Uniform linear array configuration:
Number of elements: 32
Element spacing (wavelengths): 0.25
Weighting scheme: uniform
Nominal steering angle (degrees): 60
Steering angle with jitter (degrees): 60.676
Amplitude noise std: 0.05
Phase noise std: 0.05

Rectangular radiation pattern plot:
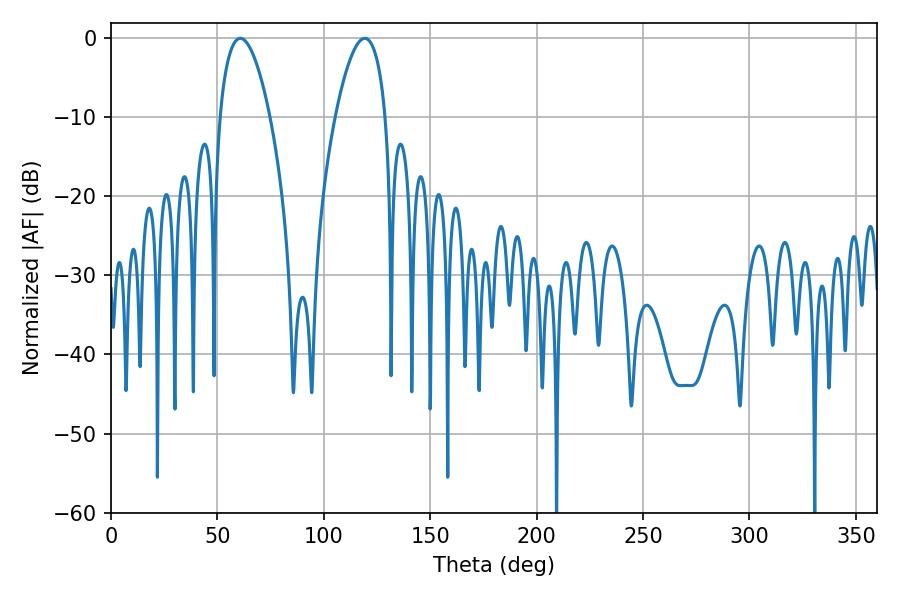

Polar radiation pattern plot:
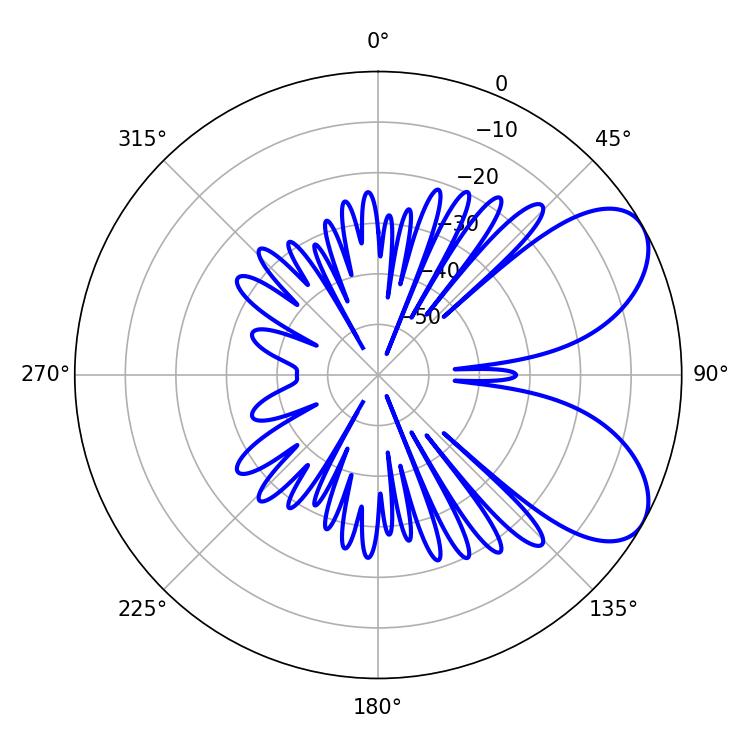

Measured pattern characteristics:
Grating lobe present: FALSE
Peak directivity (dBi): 6.639
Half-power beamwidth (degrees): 13.14
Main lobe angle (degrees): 60.84